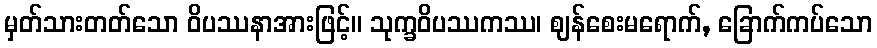
မှတ်သားတတ်သော ဝိပဿနာအားဖြင့်။ သုက္ခဝိပဿကဿ၊ ဈန်စေးမရောက်, ခြောက်ကပ်သော